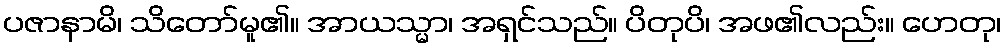
ပဇာနာမိ၊ သိတော်မူ၏။ အာယသ္မာ၊ အရှင်သည်။ ပိတုပိ၊ အဖ၏လည်း။ ဟေတု၊